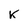
Character: K